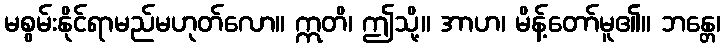
မစွမ်းနိုင်ရာမည်မဟုတ်လော။ ဣတိ၊ ဤသို့။ အာဟ၊ မိန့်တော်မူ၏။ ဘန္တေ၊